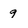
Character: 9